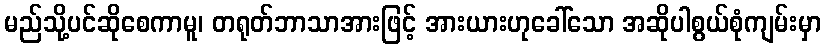
မည်သို့ပင်ဆိုစေကာမူ၊ တရုတ်ဘာသာအားဖြင့် အားယားဟုခေါ်သော အဆိုပါစွယ်စုံကျမ်းမှာ